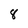
Character: 8